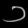
Digit: ၁